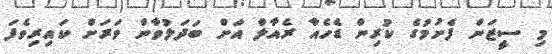
މި ސީޒަން ފެށުމުގެ ކުރިން ޑެހެއާ ރެއާލް އަށް ބަދަލުވާން ވަރަށް ކައިރިވެފަ